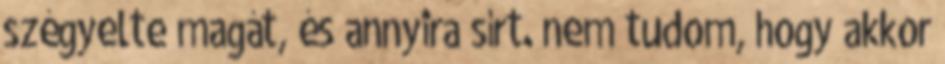
szégyelte magát, és annyira sírt. nem tudom, hogy akkor